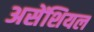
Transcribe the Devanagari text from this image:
असेंशियल